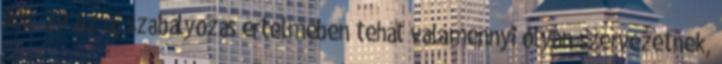
R15 29 Az új szabályozás értelmében tehát valamennyi olyan szervezetnek,